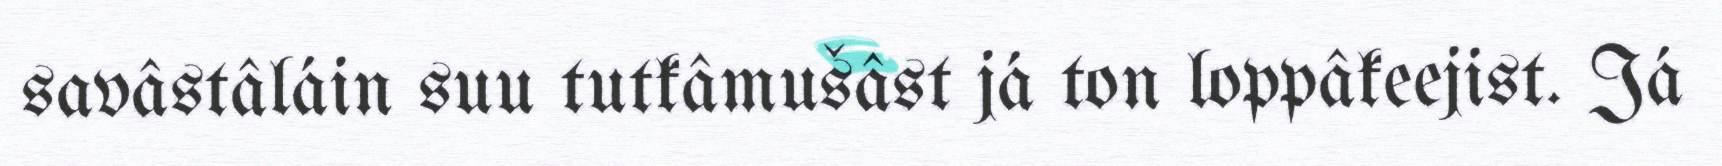
savâstâláin suu tutkâmušâst já ton loppâkeejist. Já